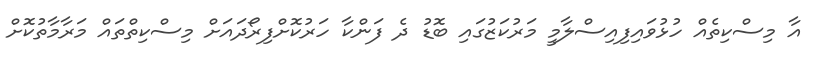
އާ މިސްކިތެއް ހުޅުވައިފިއިސްލާމީ މަރުކަޒުގައި ބޮޑު ދެ ފަންކާ ހަރުކޮށްފިރޯދައަށް މިސްކިތްތައް މަރާމާތުކޮށް